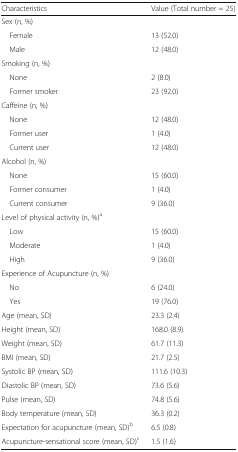
| Characteristics | Value (Total number = 25) |
 | --- | --- |
 | <COLSPAN=2> Sex (n, %) |
 | Female | 13 (52.0) |
 | Male | 12 (48.0) |
 | <COLSPAN=2> Smoking (n, %) |
 | None | 2 (8.0) |
 | Former smoker | 23 (92.0) |
 | <COLSPAN=2> Caffeine (n, %) |
 | None | 12 (48.0) |
 | Former user | 1 (4.0) |
 | Current user | 12 (48.0) |
 | <COLSPAN=2> Alcohol (n, %) |
 | None | 15 (60.0) |
 | Former consumer | 1 (4.0) |
 | Current consumer | 9 (36.0) |
 | <COLSPAN=2> Level of physical activity (n, %)a |
 | Low | 15 (60.0) |
 | Moderate | 1 (4.0) |
 | High | 9 (36.0) |
 | <COLSPAN=2> Experience of Acupuncture (n, %) |
 | No | 6 (24.0) |
 | Yes | 19 (76.0) |
 | Age (mean, SD) | 23.3 (2.4) |
 | Height (mean, SD) | 168.0 (8.9) |
 | Weight (mean, SD) | 61.7 (11.3) |
 | BMI (mean, SD) | 21.7 (2.5) |
 | Systolic BP (mean, SD) | 111.6 (10.3) |
 | Diastolic BP (mean, SD) | 73.6 (5.6) |
 | Pulse (mean, SD) | 74.8 (5.6) |
 | Body temperature (mean, SD) | 36.3 (0.2) |
 | Expectation for acupuncture (mean, SD)b | 6.5 (0.8) |
 | Acupuncture-sensational score (mean, SD)c | 1.5 (1.6) |